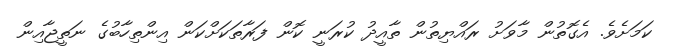
ކަމަށެވެ. އެގޮތުން މާވަށު ރައްޔިތުން ތާއީދު ކުރަނީ ކޮން ފަރާތަކަށްކަން އިންތިހާބުގެ ނަތީޖާއިން